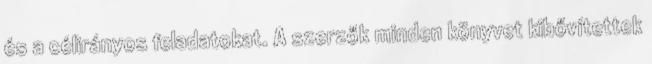
és a célirányos feladatokat. A szerzők minden könyvet kibővítettek